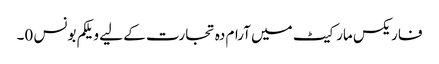
فاریکس مارکیٹ میں آرام دہ تجارت کے لیے ویلکم بونس 0۔